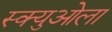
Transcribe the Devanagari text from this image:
स्क्युओला